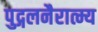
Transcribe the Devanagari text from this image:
पुद्गलनैरात्म्य